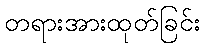
တရားအားထုတ်ခြင်း